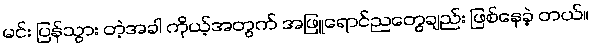
မင်း ပြန်သွား တဲ့အခါ ကိုယ့်အတွက် အဖြူရောင်ညတွေချည်း ဖြစ်နေခဲ့ တယ်။